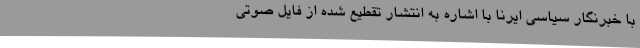
با خبرنگار سیاسی ایرنا با اشاره به انتشار تقطیع شده از فایل صوتی